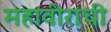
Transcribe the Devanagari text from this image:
महावीराची